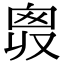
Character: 𠭛